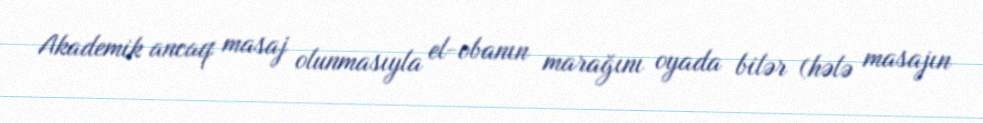
Akademik ancaq masaj olunmasıyla el-obanın marağını oyada bilər (hələ masajın